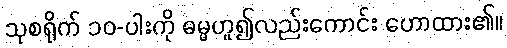
သုစရိုက် ၁၀-ပါးကို ဓမ္မဟူ၍လည်းကောင်း ဟောထား၏။